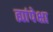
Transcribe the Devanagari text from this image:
ह्यांपेक्षा